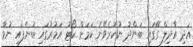
އަދި އާދިލް ގޭގައި ބަންދު ނުކުރެވޭނެ ކަމަށް ކޯޓު އަމުރުގައި ބުނެފައި ނުވާ